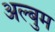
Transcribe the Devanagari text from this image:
अल्बुम